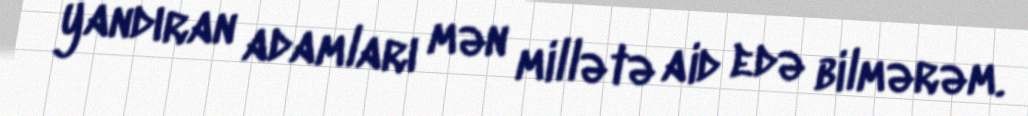
yandıran adamları mən millətə aid edə bilmərəm.